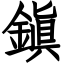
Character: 鎭